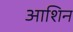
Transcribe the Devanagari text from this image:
आशिन